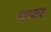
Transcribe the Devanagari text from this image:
चाप्टर